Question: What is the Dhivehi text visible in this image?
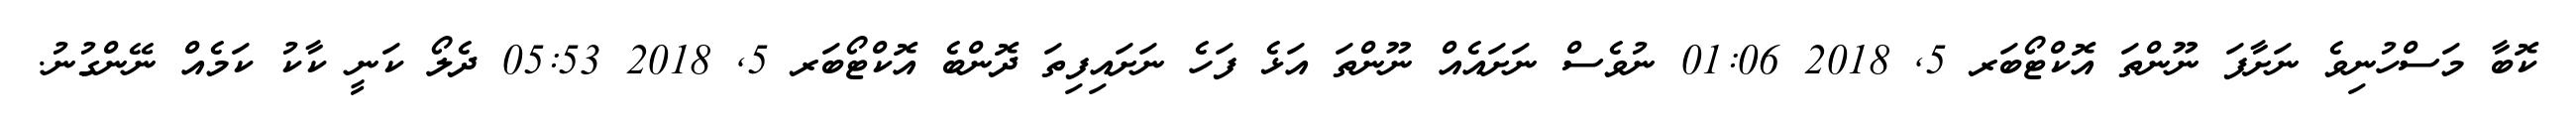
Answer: ކޮބާ މަސްހުނިވެ ނަށާފަ ނޫންތަ އޮކްޓޯބަރ 5, 2018 01:06 ނުވެސް ނަށައެއް ނޫންތަ އަޅެ ފަހެ ނަށައިފިތަ ދޮންބެ އޮކްޓޯބަރ 5, 2018 05:53 ދެލޯ ކަނީ ކާކު ކަމެއް ނޭންގުނު.